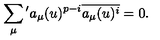
\sum _ { \mu } { } ^ { \prime } a _ { \mu } ( u ) ^ { p - i } \overline { { a _ { \mu } ( u ) ^ { i } } } = 0 .